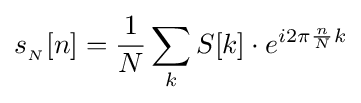
s_{_{N}}[n]={\frac {1}{N}}\sum _{k}S[k]\cdot e^{i2\pi {\frac {n}{N}}k}